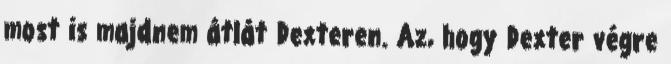
most is majdnem átlát Dexteren. Az, hogy Dexter végre